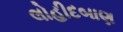
લોહીદબાણ